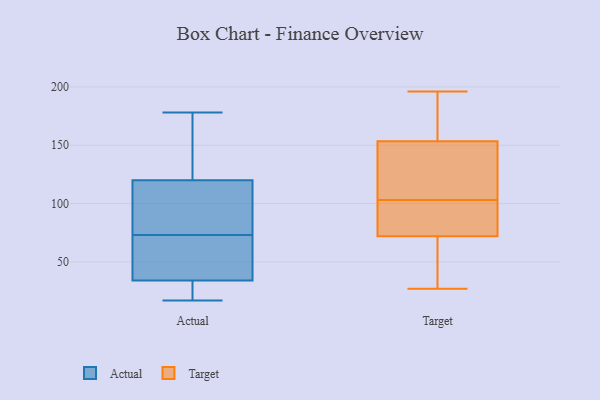
{"axis": {"x": "Market Share (%)", "y": "Value"}, "legend": ["Actual", "Target"], "data": [{"x": "", "y": 29, "type": "Actual"}, {"x": "", "y": 169, "type": "Actual"}, {"x": "", "y": 19, "type": "Actual"}, {"x": "", "y": 60, "type": "Actual"}, {"x": "", "y": 34, "type": "Actual"}, {"x": "", "y": 51, "type": "Actual"}, {"x": "", "y": 70, "type": "Actual"}, {"x": "", "y": 49, "type": "Actual"}, {"x": "", "y": 119, "type": "Actual"}, {"x": "", "y": 120, "type": "Actual"}, {"x": "", "y": 173, "type": "Actual"}, {"x": "", "y": 81, "type": "Actual"}, {"x": "", "y": 178, "type": "Actual"}, {"x": "", "y": 17, "type": "Actual"}, {"x": "", "y": 168, "type": "Actual"}, {"x": "", "y": 17, "type": "Actual"}, {"x": "", "y": 76, "type": "Actual"}, {"x": "", "y": 76, "type": "Actual"}, {"x": "", "y": 191, "type": "Target"}, {"x": "", "y": 117, "type": "Target"}, {"x": "", "y": 43, "type": "Target"}, {"x": "", "y": 184, "type": "Target"}, {"x": "", "y": 103, "type": "Target"}, {"x": "", "y": 72, "type": "Target"}, {"x": "", "y": 89, "type": "Target"}, {"x": "", "y": 75, "type": "Target"}, {"x": "", "y": 196, "type": "Target"}, {"x": "", "y": 114, "type": "Target"}, {"x": "", "y": 45, "type": "Target"}, {"x": "", "y": 72, "type": "Target"}, {"x": "", "y": 133, "type": "Target"}, {"x": "", "y": 173, "type": "Target"}, {"x": "", "y": 102, "type": "Target"}, {"x": "", "y": 27, "type": "Target"}, {"x": "", "y": 147, "type": "Target"}]}